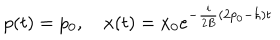
LaTeX: p ( t ) = p _ { 0 } , \quad x ( t ) = x _ { 0 } e ^ { - { \frac { i } { 2 B } } ( 2 p _ { 0 } - \hbar ) t }